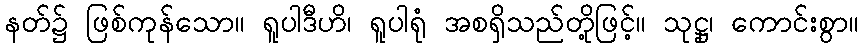
နတ်၌ ဖြစ်ကုန်သော။ ရူပါဒီဟိ၊ ရူပါရုံ အစရှိသည်တို့ဖြင့်။ သုဋ္ဌု၊ ကောင်းစွာ။